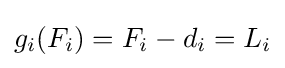
g_{i}(F_{i})=F_{i}-d_{i}=L_{i}